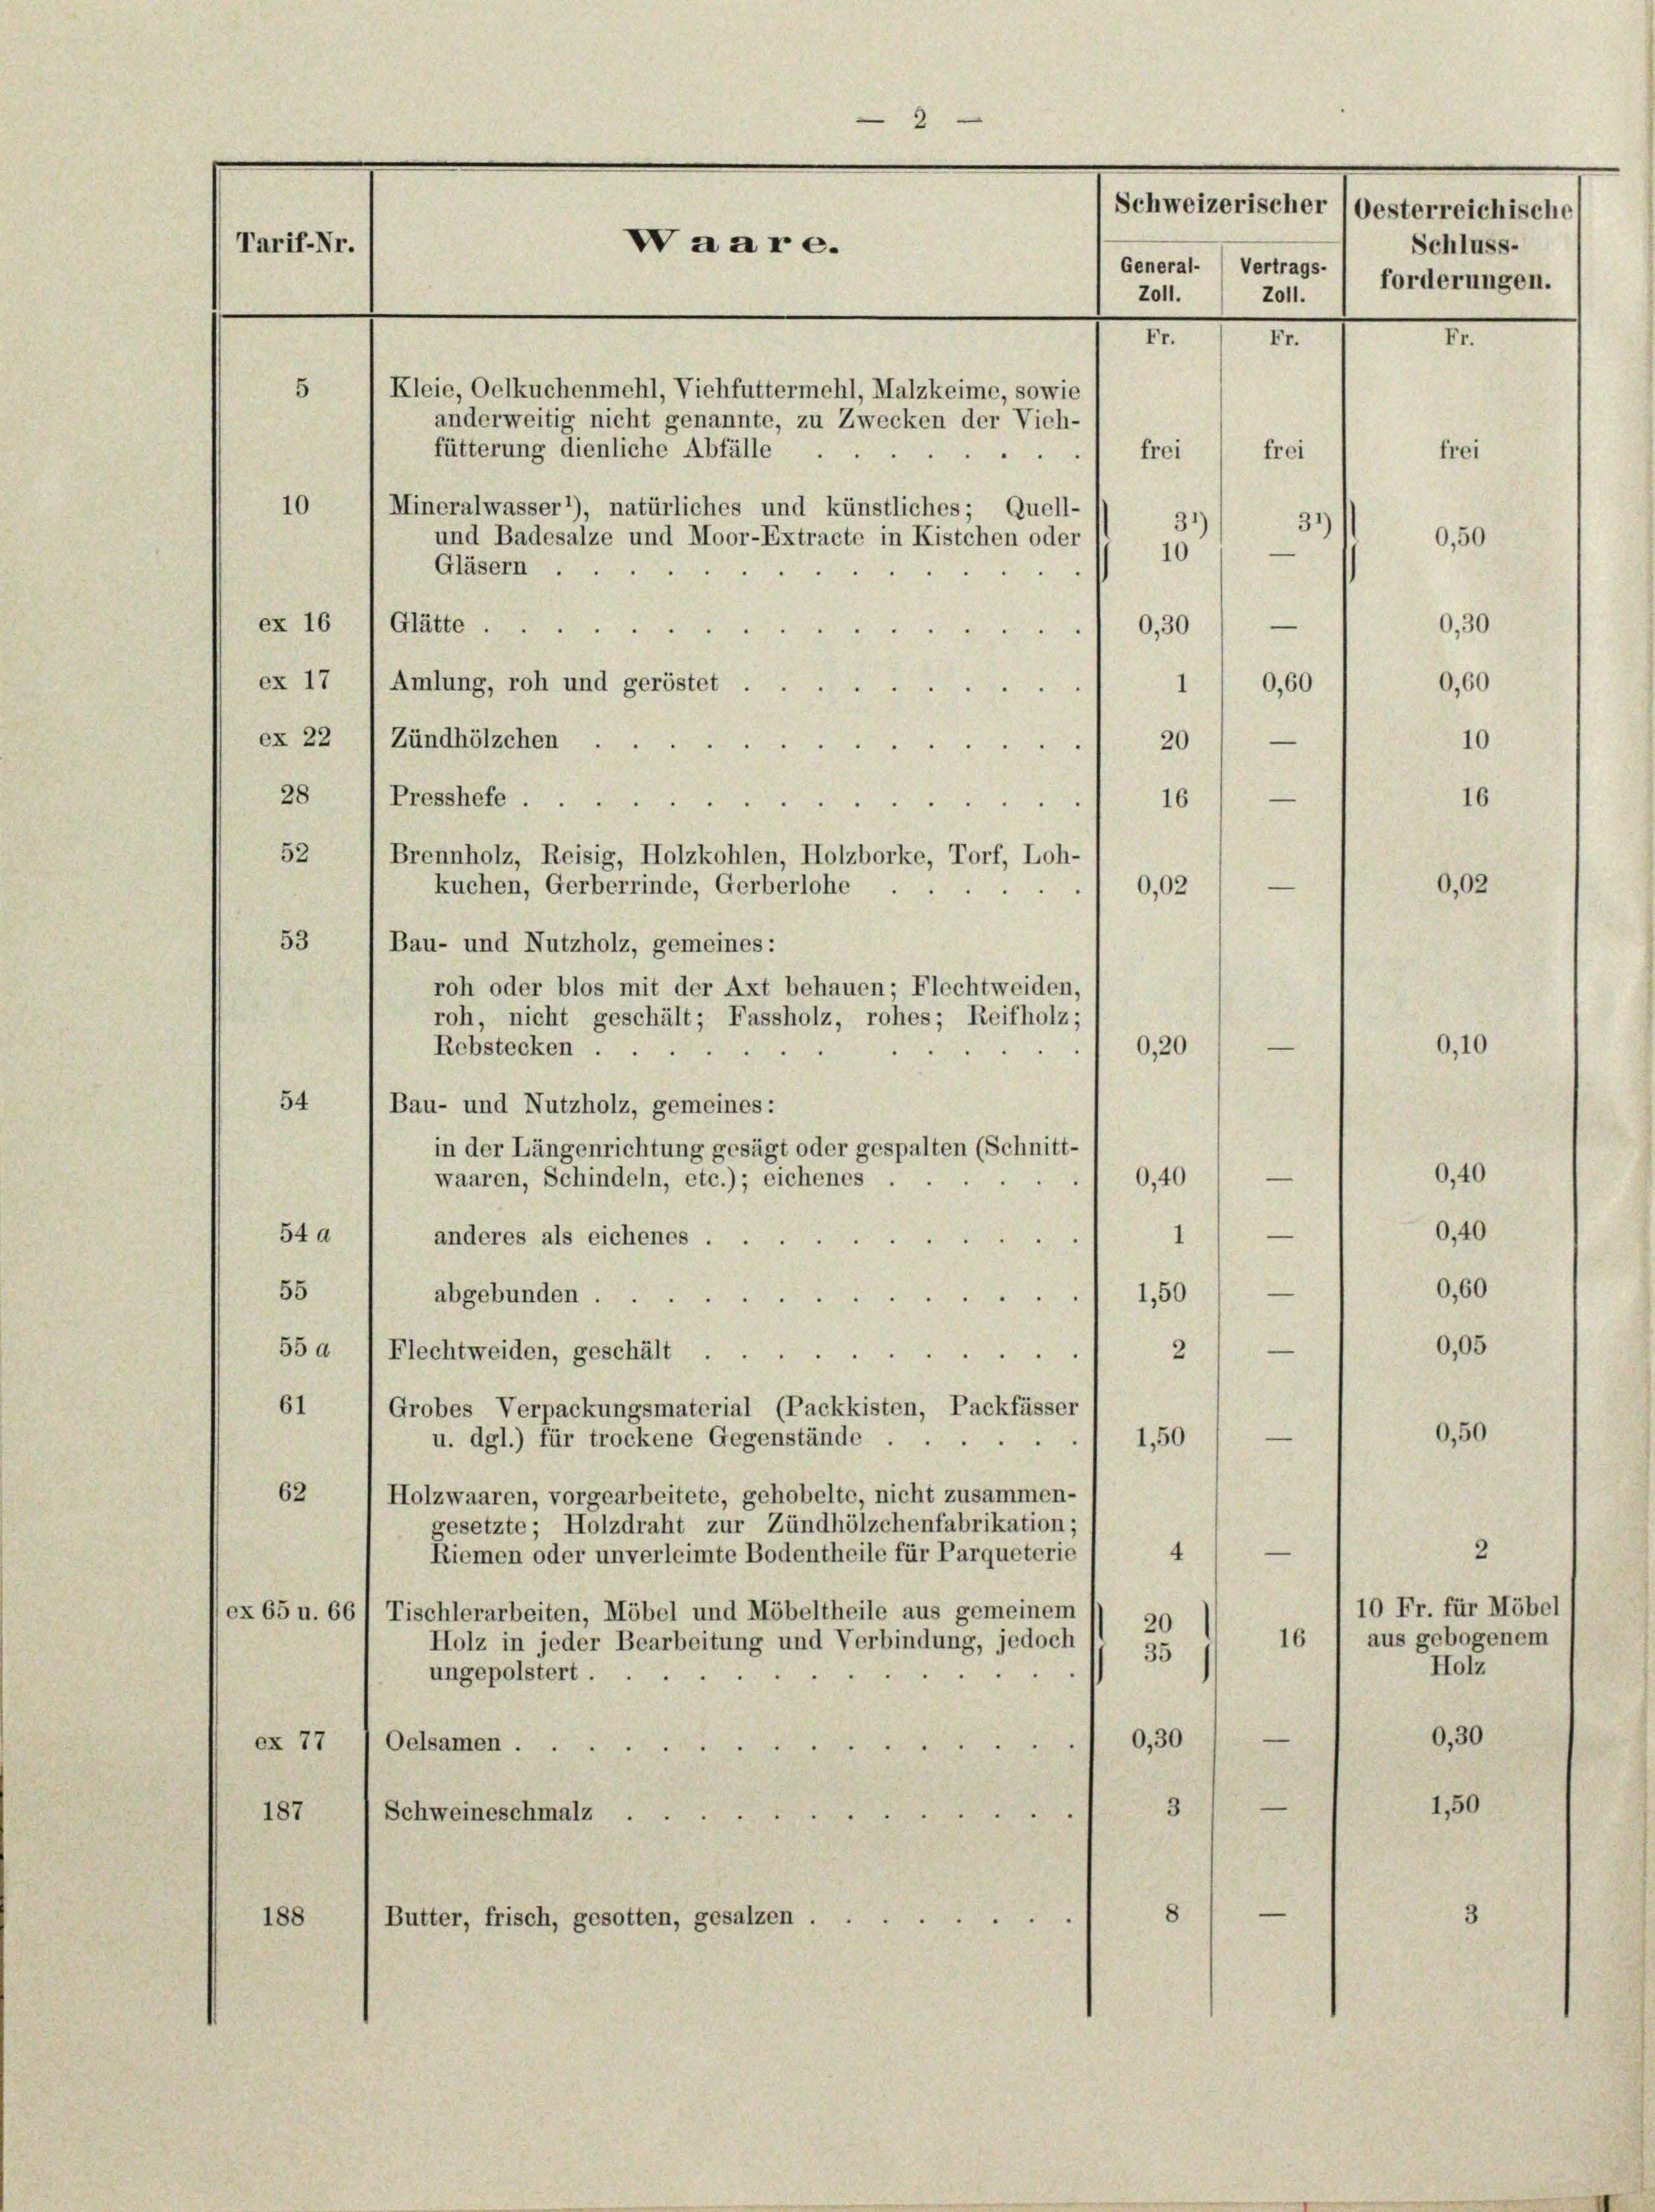
2
Tarif-Nr.
Waare.
General- ) Vertrags-
Z011.
Z011.
Fr. 1 Fr.
5
Kleie, Oelkuchenmehl, Viehfuttermehl, Malzkeime, sowie
anderweitig nicht genannte, zu Zwecken der Vieh-
fütterung dienliche Abfälle
frei
) frei
10
Mineralwasser 1), natürliches und künstliches; Quell-
31)
31)
und Badesalze und Moor-Extracte in Kistchen oder

Brennholz, Reisig, Holzkohlen, Holzborke, Torf, Loh-

10
Gläsern . .
ex 16 (Glätte.
0,30
—
.
d
ex 17
Amlung, roh und geröstet ....
1
ex 22 / Zündhölzchen.
20)
8
—
16
28 1 Presshefe

52
—
kuchen, Gerberrinde, Gerberlohe .
0,02
53
Bau- und Nutzholz, gemeines:
roh oder blos mit der Axt behauen; Flechtweiden,
roh, nicht geschält; Fassholz, rohes; Reifholz;
0,20
—
Rebstecken ...
54
Bau- und Nutzholz, gemeines:
in der Längenrichtung gesagt oder gespalten (Schnitt-
0,40
—
waaren, Schindeln, etc.); eichenes
54 d
—
anderes als eichenes .
1
d
—
55
1,50
abgebunden.
e
55 d
e
Flechtweiden, geschält ..
2

61
Grobes Verpackungsmaterial (Packkisten, Packfässer
—
1,50
u. dgl.) für trockene Gegenstände ...
62
Holzwaaren, vorgearbeitete, gehobelte, nicht zusammen-
gesetzte; Holzdraht zur Zündhölzchenfabrikation;
4
Riemen oder unverleimte Bodentheile für Parqueterie
ex 65 u. 66/ Tischlerarbeiten, Möbel und Möbeltheile aus gemeinem
20
16
Holz in jeder Bearbeitung und Verbindung, jedoch 1 95
ungepolstert
—
0,30
ex 77
Oelsamen
x
—
3
187

Schweineschmalz ...
—
8
188
Butter, frisch, gesotten, gesalzen

0,60

Schweizerischer (oesterreichische
Schluss-
forderungen.
r

0,60

0,40
0,60
0,05

2
10 Fr. für Möbel
aus gebogenem
Holz
0,30
1,50

frei

0,50

16

0,30

10

0,02

0,10

0,40

0,50